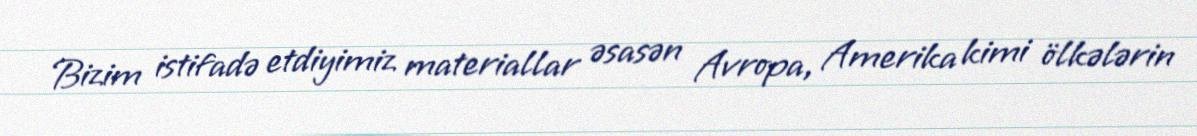
Bizim istifadə etdiyimiz materiallar əsasən Avropa, Amerika kimi ölkələrin